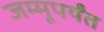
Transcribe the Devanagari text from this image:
जम्मूपर्यंत